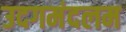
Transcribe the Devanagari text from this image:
उदगमंदलम